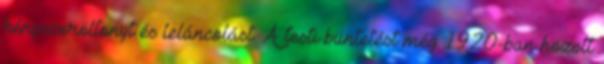
kényszeröltönyt és leláncolást. A testi büntetést még 1920-ban hozott